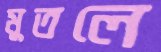
মুতলে